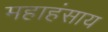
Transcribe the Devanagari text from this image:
महाहंसाय